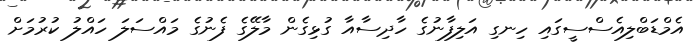
އެމްޑަބްލިއެސްސީގައި ހިނގި އަލިފާނުގެ ހާދިސާއާ ގުޅިގެން މާލޭގެ ފެނުގެ މައްސަލަ ހައްލު ކުރުމަށް